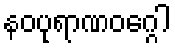
နဝပုရာဏဝဂ္ဂေါ